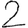
Digit: 2